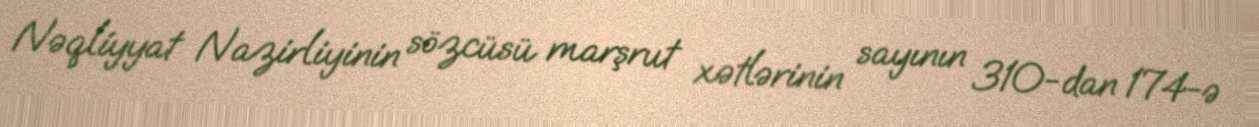
Nəqliyyat Nazirliyinin sözcüsü marşrut xətlərinin sayının 310-dan 174-ə